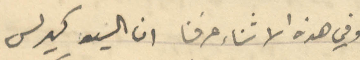
وفي هذه الاثناء عرفنا ان السيد كيرلس